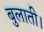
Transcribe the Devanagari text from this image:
बुलाती।